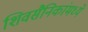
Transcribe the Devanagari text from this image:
शिवसैनिकांमध्ये